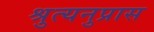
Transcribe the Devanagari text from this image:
श्रुत्यनुप्रास